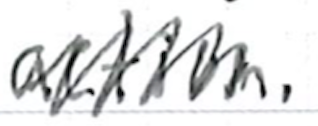
Text: action.
Cross-out: mix
Writing tool: ballpoint